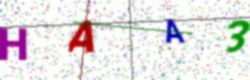
Text: HAA3